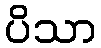
ပိသာ